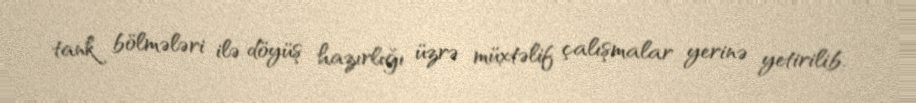
tank bölmələri ilə döyüş hazırlığı üzrə müxtəlif çalışmalar yerinə yetirilib.